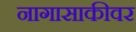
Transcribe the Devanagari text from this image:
नागासाकीवर